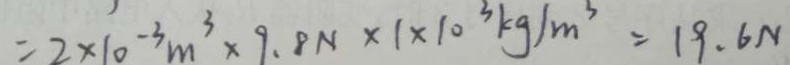
= 2 \times 1 0 ^ { - 3 } m ^ { 3 } \times 9 . 8 N \times 1 \times 1 0 ^ { 3 } k g / m ^ { 3 } = 1 9 . 6 N